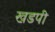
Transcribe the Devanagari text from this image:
खडपी